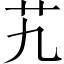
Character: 艽